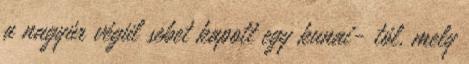
a nagyúr végül sebet kapott egy kunai- tól, mely